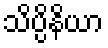
သိပ္ပိနိယာ